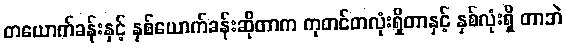
တယောက်ခန်းနှင့် နှစ်ယောက်ခန်းဆိုတာက ကုတင်တလုံးရှိတာနှင့် နှစ်လုံးရှိ တာဘဲ